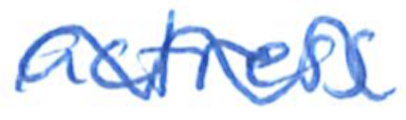
Text: actress
Cross-out: wave
Writing tool: ballpoint